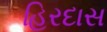
હિરદાસ